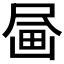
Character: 𪽗